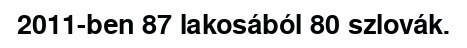
2011-ben 87 lakosából 80 szlovák.